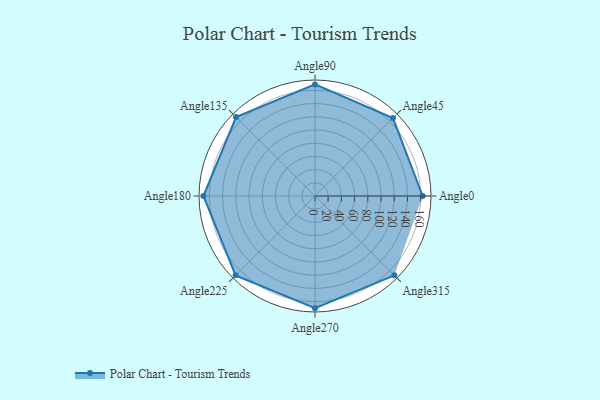
{"axis": {"x": "Angle", "y": "Radius"}, "legend": [""], "data": [{"x": "Angle0", "y": 163.0, "type": ""}, {"x": "Angle45", "y": 167.0, "type": ""}, {"x": "Angle90", "y": 169.0, "type": ""}, {"x": "Angle135", "y": 169.0, "type": ""}, {"x": "Angle180", "y": 169.0, "type": ""}, {"x": "Angle225", "y": 170, "type": ""}, {"x": "Angle270", "y": 170, "type": ""}, {"x": "Angle315", "y": 170, "type": ""}]}